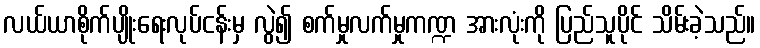
လယ်ယာစိုက်ပျိုးရေးလုပ်ငန်းမှ လွဲ၍ စက်မှုလက်မှုကဏ္ဍ အားလုံးကို ပြည်သူပိုင် သိမ်းခဲ့သည်။